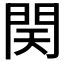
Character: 𨳨